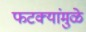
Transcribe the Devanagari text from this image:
फटक्यांमुळे